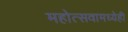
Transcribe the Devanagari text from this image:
महोत्सवामध्येही